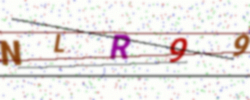
Text: NLR99